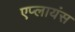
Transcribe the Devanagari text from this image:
एप्लायंस